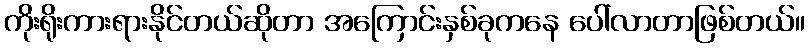
ကိုးရိုးကားရားနိုင်တယ်ဆိုတာ အကြောင်းနှစ်ခုကနေ ပေါ်လာတာဖြစ်တယ်။